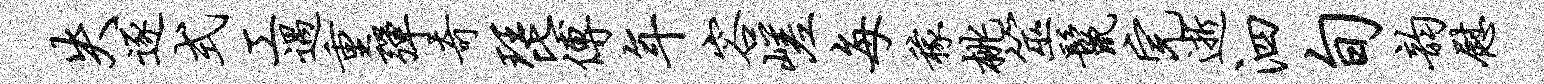
失逐式工遇重弹奇琵傅年容嵯每稼桃筮鬣完逝泗旬韵慰